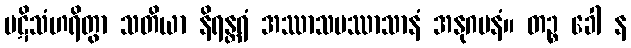
ပဋိသံဟရိတွာ သတိယာ နိရန္တရံ အဿာသပဿာသာနံ အနုဂမနံ။ တဉ္စ ခေါ န